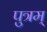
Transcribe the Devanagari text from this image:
पुत्रम्‌